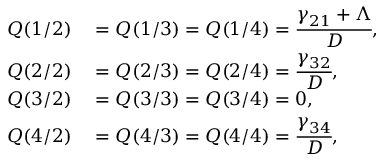
\begin{array} { r l } { Q ( 1 / 2 ) } & { { } = Q ( 1 / 3 ) = Q ( 1 / 4 ) = \cfrac { \gamma _ { 2 1 } + \Lambda } { D } , } \\ { Q ( 2 / 2 ) } & { { } = Q ( 2 / 3 ) = Q ( 2 / 4 ) = \cfrac { \gamma _ { 3 2 } } { D } , } \\ { Q ( 3 / 2 ) } & { { } = Q ( 3 / 3 ) = Q ( 3 / 4 ) = 0 , } \\ { Q ( 4 / 2 ) } & { { } = Q ( 4 / 3 ) = Q ( 4 / 4 ) = \cfrac { \gamma _ { 3 4 } } { D } , } \end{array}